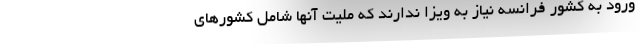
ورود به کشور فرانسه نیاز به ویزا ندارند که ملیت آنها شامل کشورهای